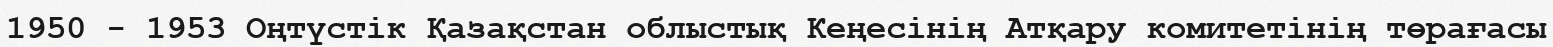
1950 - 1953 Оңтүстік Қазақстан облыстық Кеңесінің Атқару комитетінің төрағасы